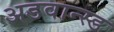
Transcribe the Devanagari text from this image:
अडवान्स्ड